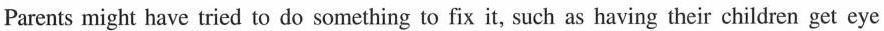
Parents might have tried to do something to fix it, such as having their children get eye